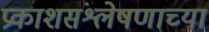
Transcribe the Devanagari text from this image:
प्रकाशसंश्लेषणाच्या